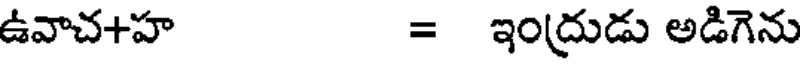
ఉవాచ+హ = ఇంద్రుడు అడిగెను